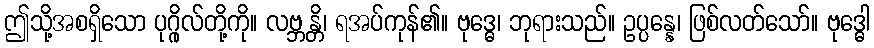
ဤသို့အစရှိသော ပုဂ္ဂိုလ်တို့ကို။ လဗ္ဘန္တိ၊ ရအပ်ကုန်၏။ ဗုဒ္ဓေ၊ ဘုရားသည်။ ဥပ္ပန္နေ၊ ဖြစ်လတ်သော်။ ဗုဒ္ဓေါ